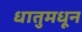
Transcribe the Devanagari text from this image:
धातुमधून